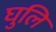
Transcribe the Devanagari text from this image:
घुलि